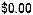
$0.00